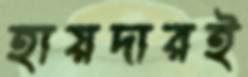
হায়দারই